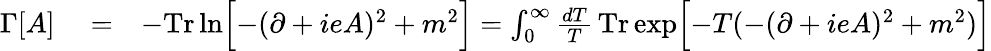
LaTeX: \begin{array}{rlr}{\Gamma[A]}&{{}=}&{-\mathrm{\mathrm{Tr}\, }\mathrm{ln}\Bigl\lbrack-(\partial+ieA)^{2}+m^{2}\Bigr\rbrack=\int_{0}^{\infty}\frac{dT}{T}\, \mathrm{Tr}\, \mathrm{exp}\Bigl\lbrack-T(-(\partial+ieA)^{2}+m^{2})\Bigr\rbrack}\end{array}